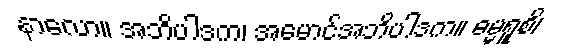
နာလော။ အဘိပါဒက၊ အမောင်အဘိပါဒက။ ဓမ္မရူစိ၊